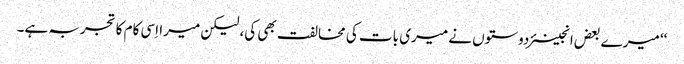
‘‘ میرے بعض انجینئر دوستوں نے میری بات کی مخالفت بھی کی، لیکن میرا اِسی کام کا تجربہ ہے۔